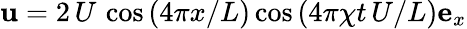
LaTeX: {\mathbf u}=2\, U\, \cos\left(4\pi x/L\right)\cos\left(4\pi\chi t\, U/L\right){\mathbf e}_{x}